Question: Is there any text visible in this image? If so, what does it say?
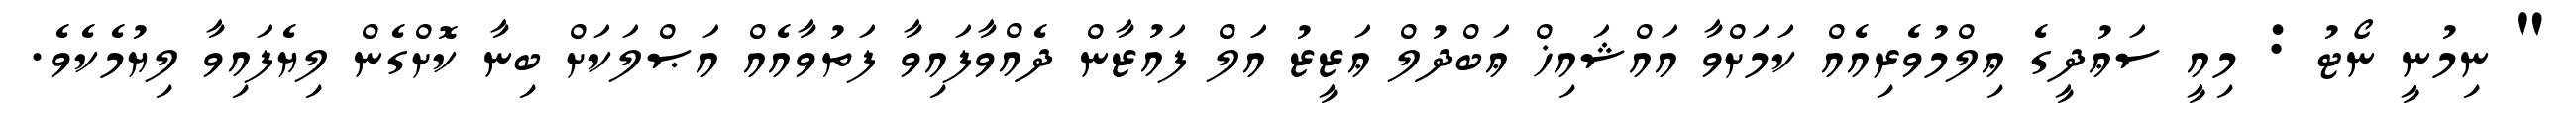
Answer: " ނިމުނީ ނޯޓު : މިއީ ސަޢުދީގެ ޢިލްމުވެރިއެއް ކަމަށްވާ އައްޝައިޚް ޢަބްދުލް ޢަޒީޒު އަލް ފައުޒާން ދެއްވާފައިވާ ފަތުވާއެއް އަޞްލަކަށް ބިނާ ކޮށްގެން ލިޔެފައިވާ ލިޔުމެކެވެ.